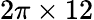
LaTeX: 2\pi\times 12